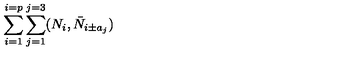
\sum _ { i = 1 } ^ { i = p } \sum _ { j = 1 } ^ { j = 3 } ( N _ { i } , \bar { N } _ { i \pm a _ { j } } )